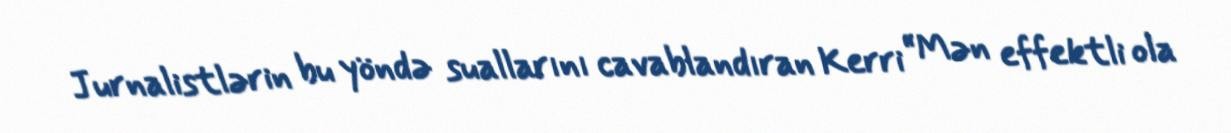
Jurnalistlərin bu yöndə suallarını cavablandıran Kerri “Mən effektli ola